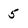
Character: 5